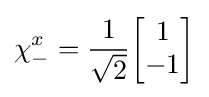
\chi _{-}^{x}={1 \over {\sqrt {2}}}{\begin{bmatrix}1\\-1\\\end{bmatrix}}